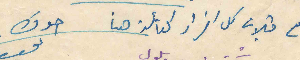
مع قبلات كل افراد العائلة هنا         اخوك